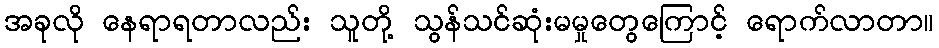
အခုလို နေရာရတာလည်း သူတို့ သွန်သင်ဆုံးမမှုတွေကြောင့် ရောက်လာတာ။